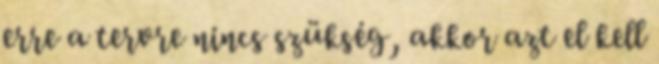
erre a tervre nincs szükség, akkor azt el kell